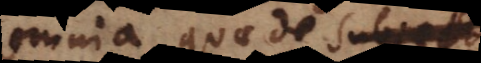
omnia quae de subjecto